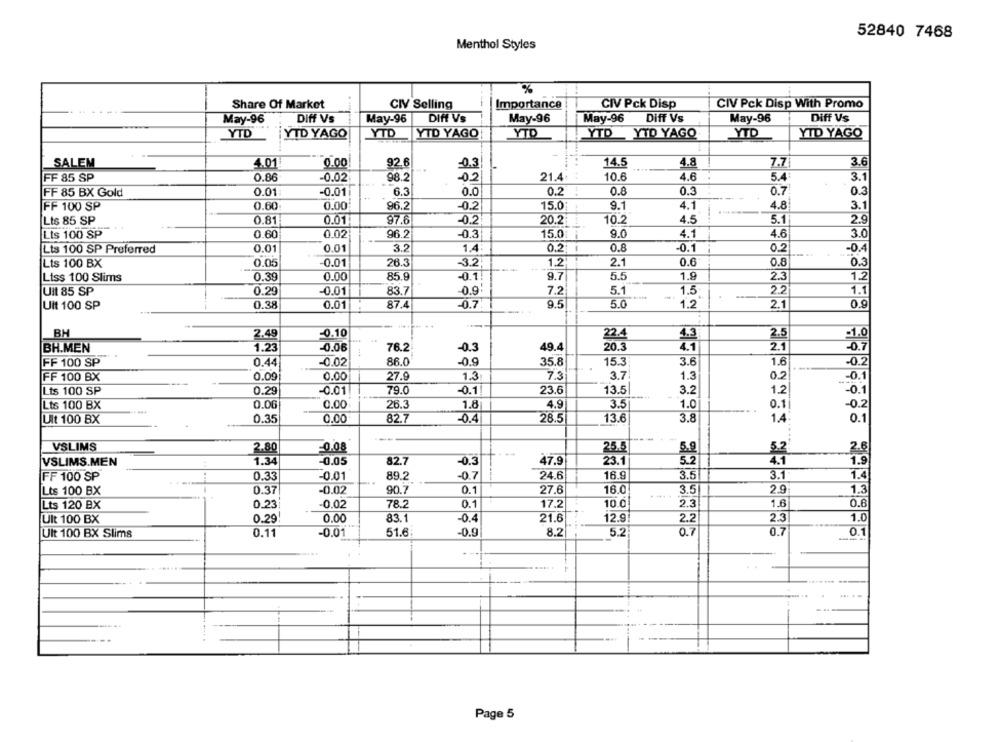
52840 7468
Menthol Styles
%
Importance
Share Of Market
CIV Selling
CIV Pck Disp
CIV Pck Disp With Promo
May-96
Diff Vs
May-96
DIft Vs
May-96
May-96
Diff Vs
May-96
Diff Vs
YTD
YTD
YTD YAGO
YTD YTD YAGO
YTD
YTD YAGO
YTD YAGO
YTD
SALEM
4.01
92.6
14.5
4.8
7.7
3.6
0.00
0.3
FF 85 SP
0.86
-0.02
98.2
-02
21.4
10.6
4.6
5.4
3.1
FF 85 BX Gold
0.01
-0.01
6.3
0.0
0.2
0.8
0.3
0.7
0.3
FF 100 SP
0.60
0.00
96.2
-0.2
15.0
9.1
4.1
4.8
3.1
Lts 85 SP
0.81
0.01
97.6
-0.2
20.2
10.2
4.5
5.1
2.9
Lts 100 SP
0.60
0.02
96.2
-0.3
15.01
9.0
4.1
4.6
3.0
Lts 100 SP Preferred
0.01
0.01
3.2
1.4
0.2
0.8
0.1
0.2
-0.4
Lts 100 BX
0.05
0.01
26.3
-3.2
1.2
2.1
0.6
0.8
0.3
1.9
1.2
Liss 100 Slims
0.39
0.00
85.9
-0.1.
9.7
5.5
2.3
-0.9
1.1
UIL 85 SP
0.29
-0.01
83.7
7.2
5.1
1.5
2.2
Uit 100 SP
0.38
0.01
87.4
-0.7
9.5
5.0
1.2
2.1
0.9
BH
2.49
-0.10
22.4
4.3
2.5
1.0
BH.MEN
1.23
-0.06
76.2
-0.3
49.4
20.3
4.1
2.1
-0.7
FF 100 SP
0.44
-0.02
86.0
-0.9
35.8
15.3
3.6
1.6
-0.2
FF 100 BX
0.09
0.00
27.9
1.3
7.3
3.7
1.3
0.2
-0.1
Lts 100 SP
0.29
-0.01
79.0
-0.1
23.6
13.5
3.2
1.2
-0.1
Lts 100 BX
0.00
0.00
26.3
1.8
4.9
3.5
1.0
...
0.1|
-0.2
Uit 100 BX
0.35
0.00
82.7
-0.4
28.5
13.6
3.8
1.4
0.1
VSLIMS
2.80
-0.08
25.5
5.9
5.2
2.8
1.34
-0.05
82.7
-0.3
47.9
23.1
5.2
4.1
1.9
VSLIMS.MEN
0.33
-0.7
16.9
3.5
3.1
1.4
FF 100 SP
-0.01
89.2
24.6
0.37
-0.02
90.7
0.1
16.0
3.5
2.9
1.3
Lts 100 BX
27.6
Lts 120 BX
0.23
-0.02
78.2
0.1
17.2
10.0
2.3
1.6
0.6
Ult 100 BX
0.29
0.00
83.1
-0.4
21.6
12.9
2.2
2.3
1.0
Ult 100 BX Slims
0.11
-0.01
51.6
-0.9
8.2
5.2
0.7
0.7
0.1
.....
-
Page 5